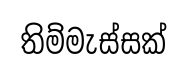
තිම්මැස්සක්